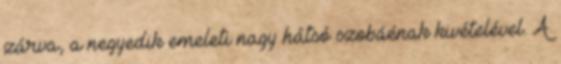
zárva, a negyedik emeleti nagy hátsó szobáénak kivételével. A